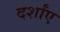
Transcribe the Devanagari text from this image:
दर्शांए